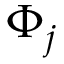
\Phi _ { j }